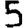
Digit: 5